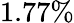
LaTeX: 1.77\%